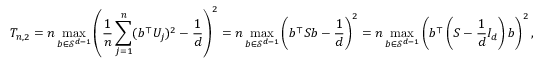
T _ { n , 2 } = n \operatorname* { m a x } _ { b \in \mathcal { S } ^ { d - 1 } } \left( \frac 1 n \sum _ { j = 1 } ^ { n } ( b ^ { \top } U _ { j } ) ^ { 2 } - \frac 1 { d } \right) ^ { 2 } = n \operatorname* { m a x } _ { b \in \mathcal { S } ^ { d - 1 } } \left( b ^ { \top } S b - \frac 1 d \right) ^ { 2 } = n \operatorname* { m a x } _ { b \in \mathcal { S } ^ { d - 1 } } \left( b ^ { \top } \left( S - \frac 1 d I _ { d } \right) b \right) ^ { 2 } ,